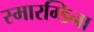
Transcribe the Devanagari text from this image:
स्मारग्डिना